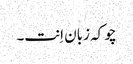
چو کہ زبان اِنت۔